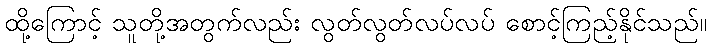
ထို့ကြောင့် သူတို့အတွက်လည်း လွတ်လွတ်လပ်လပ် စောင့်ကြည့်နိုင်သည်။